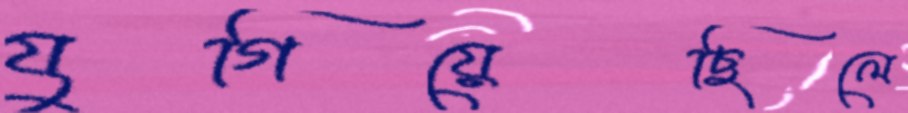
যুগিয়েছিলে